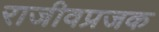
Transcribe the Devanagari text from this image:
राजीवप्रजक